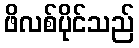
ဖိလစ်ပိုင်သည်